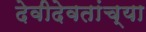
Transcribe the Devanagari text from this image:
देवीदेवतांच्या